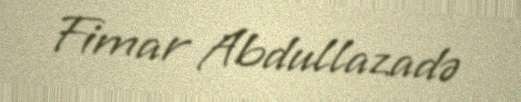
Fimar Abdullazadə